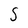
Character: S